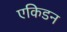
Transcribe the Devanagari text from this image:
एकिडन